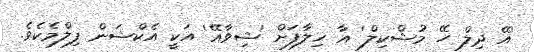
'އޭ ދިލް ހޭ މުޝްކިލް' އާ ޚިލާފަށް 'ޝިވާއޭ' އަކީ އެކްޝަން ފިލްމެކެވެ.